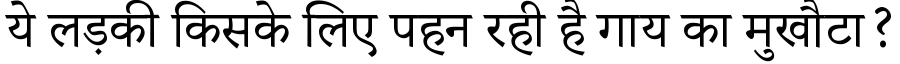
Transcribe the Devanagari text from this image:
ये लड़की किसके लिए पहन रही है गाय का मुखौटा?